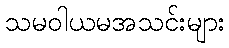
သမဝါယမအသင်းများ